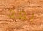
بعد